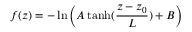
f ( z ) = - \ln \left( A \operatorname { t a n h } ( \frac { z - z _ { 0 } } { L } ) + B \right)